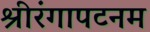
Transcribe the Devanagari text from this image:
श्रीरंगापटनम